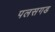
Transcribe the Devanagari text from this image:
पलसगड